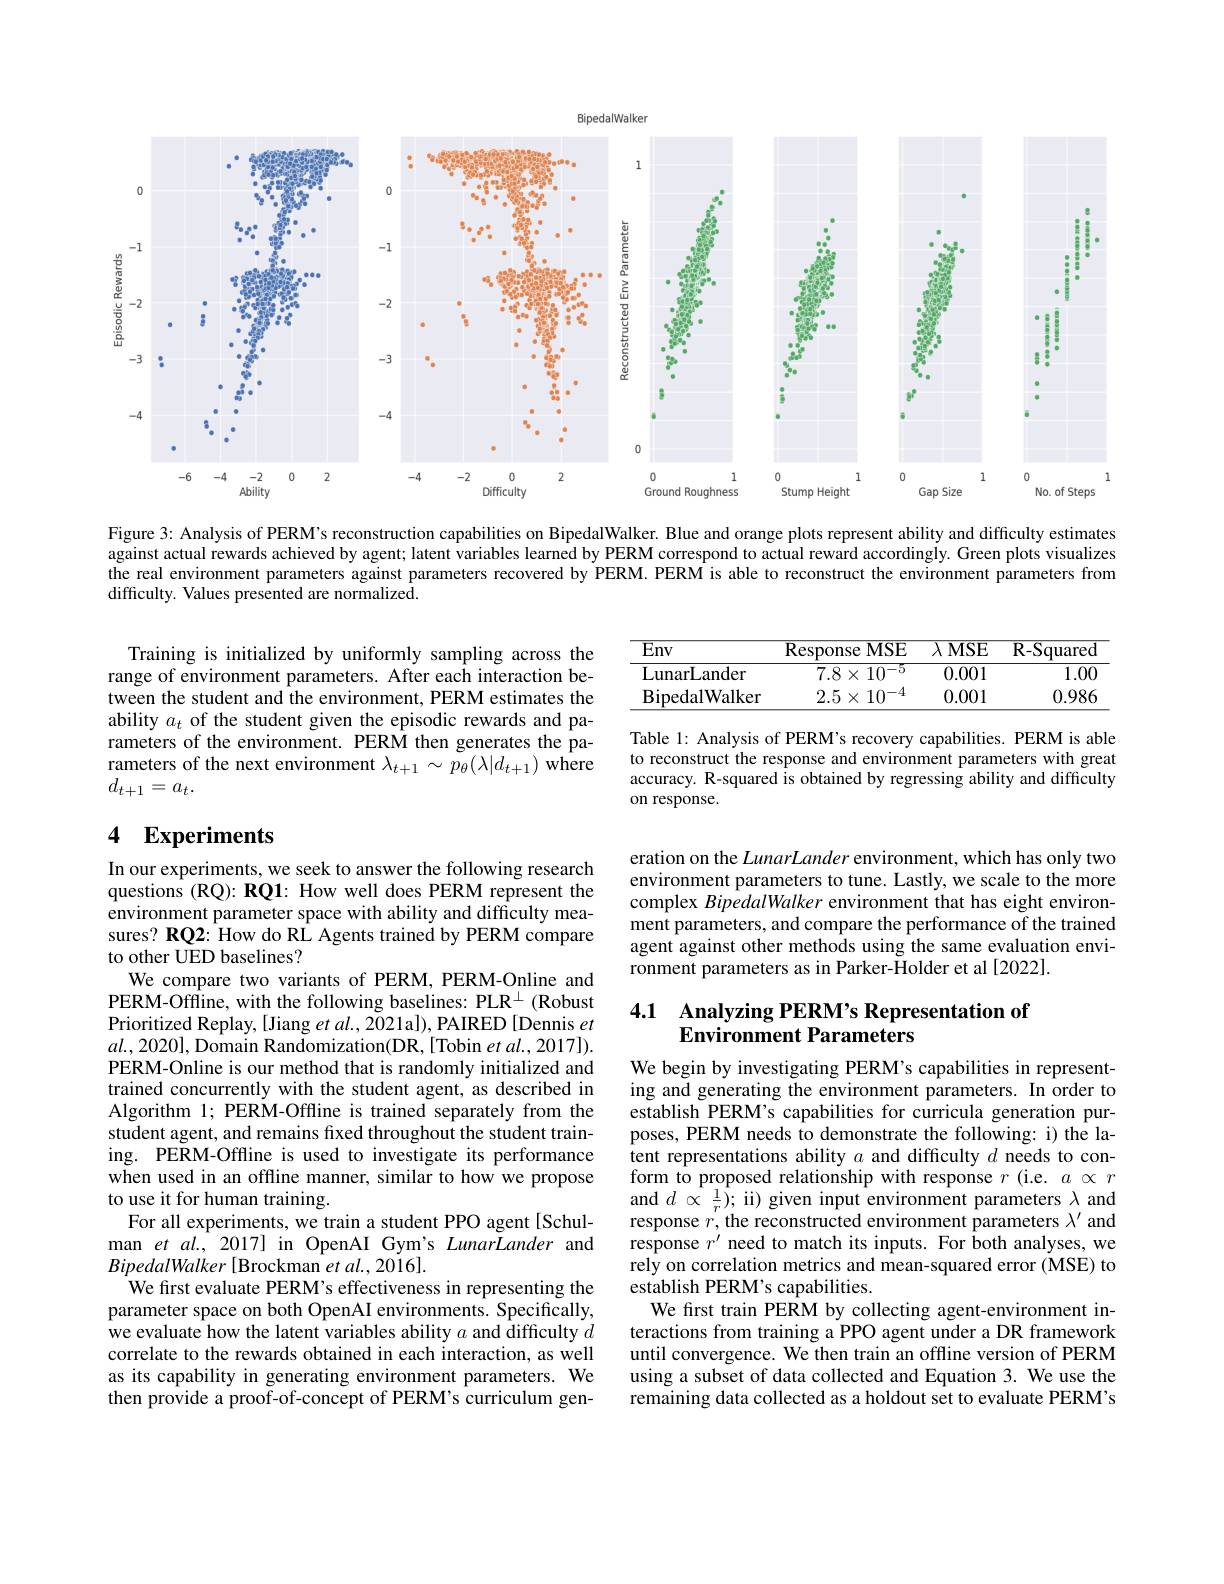
<FigureHere>

Figure 3: Analysis of PERM's reconstruction capabilities on BipedalWalker. Blue and orange plots represent ability and difficulty estimates against actual rewards achieved by agent; latent variables learned by PERM correspond to actual reward accordingly. Green plots visualizes the real environment parameters against parameters recovered by PERM. PERM is able to reconstruct the environment parameters from difficulty. Values presented are normalized.

<table>
	<tbody>
		<tr>
			<th>Env</th>
			<th>Response $MSE$ </th>
			<th>$\lambda MSE$</th>
			<th>R- Squared</th>
		</tr>
		<tr>
			<td>LunarLander</td>
			<td>$7.8\times10^{-5}$</td>
			<td>0.001</td>
			<td>1.00</td>
		</tr>
		<tr>
			<td>BipedalWalker</td>
			<td>$2.5\times10^{-4}$</td>
			<td>0.001</td>
			<td>0.986</td>
		</tr>
	</tbody>
</table>

Training is initialized by uniformly sampling across the range of environment parameters. After each interaction between the student and the environment, PERM estimates the ability $a_t$ of the student given the episodic rewards and parameters of the environment. PERM then generates the parameters of the next environment $\lambda_{t+1}\sim p_{\theta}(\lambda|d_{t+1})$ where $d_{t+1}=a_t.$

Table 1: Analysis of PERM's recovery capabilities. PERM is able to reconstruct the response and environment parameters with great accuracy. R-squared is obtained by regressing ability and difficulty on response.

## 4 Experiments

eration on the LunarLander environment, which has only two environment parameters to tune. Lastly, we scale to the more complex BipedalWalker environment that has eight environment parameters, and compare the performance of the trained agent against other methods using the same evaluation environment parameters as in Parker-Holder et al [2022].

## 4.1 Analyzing PERM's Representation ot Environment Parameters

In our experiments, we seek to answer the following research questions (RQ): RQ1: How well does PERM represent the environment parameter space with ability and difficulty measures? RQ2: How do RL Agents trained by PERM compare to other UED baselines?
We compare two variants of PERM, PERM-Online and $\hat{\mathrm{PERM-Offline,~with~the~following~baselines:~PLR^{\perp}~(Robust})}$ Prioritized Replay, [Jiang et al., 2021a]), PAIRED [Dennis et $al.,2020]$, Domain Randomization(DR,[Tobin et al., 2017]). PERM-Online is our method that is randomly initialized and trained concurrently with the student agent, as described in Algorithm 1; PERM-Offline is trained separately from the student agent, and remains fixed throughout the student training. PERM-Offline is used to investigate its performance when used in an offline manner, similar to how we propose to use it for human training.
For all experiments, we train a student PPO agent [Schulman et al., 2017] in OpenAI Gym's LunarLander and $BipedalWalker[$Brockman et al., 2016].
We first evaluate PERM's effectiveness in representing the parameter space on both OpenAI environments. Specifically, we evaluate how the latent variables ability $a$ and difficulty $d$ correlate to the rewards obtained in each interaction, as well as its capability in generating environment parameters. We then provide a proof-of-concept of PERM's curriculum gen-

We begin by investigating PERM's capabilities in representing and generating the environment parameters. In order to establish PERM's capabilities for curricula generation purposes, PERM needs to demonstrate the following: i) the latent representations ability $a$ and difficulty $d$ needs to conform to proposed relationship with response $r$ (i.e. $a\propto r$ and $d\propto\frac1r);$ ii) given input environment parameters $\lambda$ and response $r^\prime$, the reconstructed environment parameters $\lambda^\prime$ and response $r^\prime$ need to match its inputs. For both analyses, we rely on correlation metrics and mean-squared error (MSE) to establish PERM's capabilities.
We first train PERM by collecting agent-environment interactions from training a PPO agent under a DR framework until convergence. We then train an offline version of PERM using a subset of data collected and Equation 3. We use the remaining data collected as a holdout set to evaluate PERM's